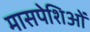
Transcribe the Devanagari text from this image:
मासपेशिओं